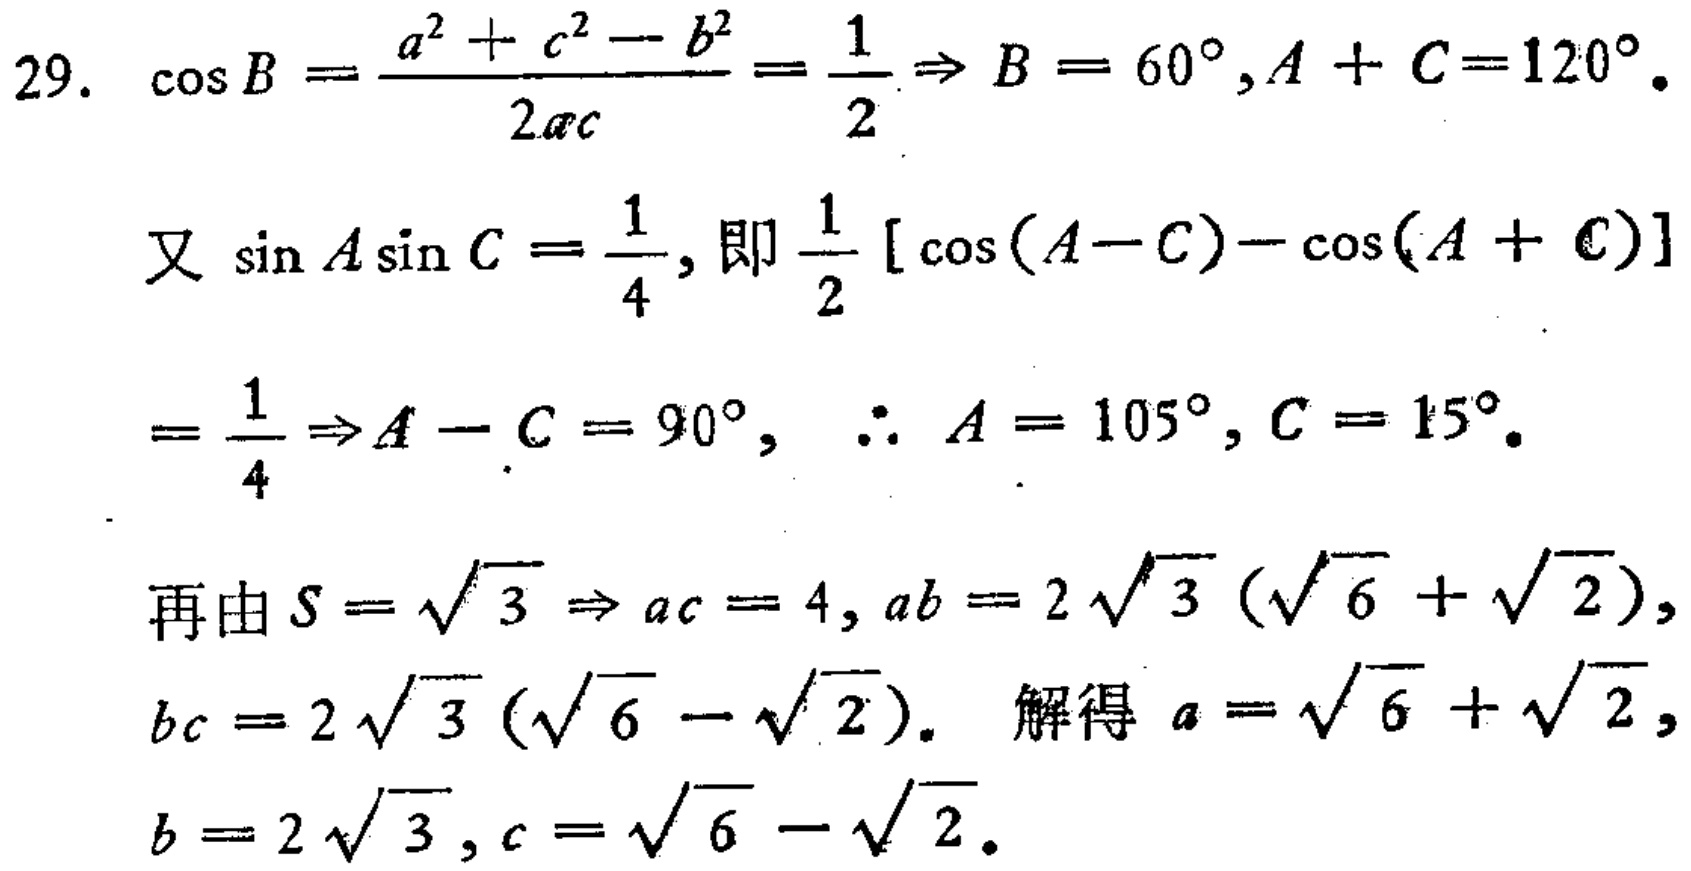
$29.\ \cos B=\frac{a^{2}+c^{2}-b^{2}}{2ac}=\frac{1}{2}\Rightarrow B = 60^{\circ},A + C = 120^{\circ}.$
又$\sin A\sin C=\frac{1}{4}$,即$\frac{1}{2}[\cos(A - C)-\cos(A + C)]$
$=\frac{1}{4}\Rightarrow A - C = 90^{\circ},\ \therefore A = 105^{\circ},C = 15^{\circ}.$
再由$S=\sqrt{3}\Rightarrow ac = 4,ab = 2\sqrt{3}(\sqrt{6}+\sqrt{2}),$
$bc = 2\sqrt{3}(\sqrt{6}-\sqrt{2}).$ 解得$a=\sqrt{6}+\sqrt{2},$
$b = 2\sqrt{3},c=\sqrt{6}-\sqrt{2}.$